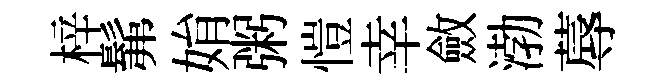
梓髴姢粥愷幸斂渤蓐